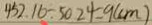
4 5 2 . 1 6 \div 5 0 . 2 4 = 9 ( c m )